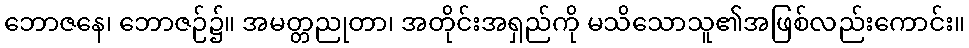
ဘောဇနေ၊ ဘောဇဉ်၌။ အမတ္တညုတာ၊ အတိုင်းအရှည်ကို မသိသောသူ၏အဖြစ်လည်းကောင်း။